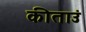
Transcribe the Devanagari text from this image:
कीताउं